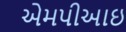
એમપીઆઇ